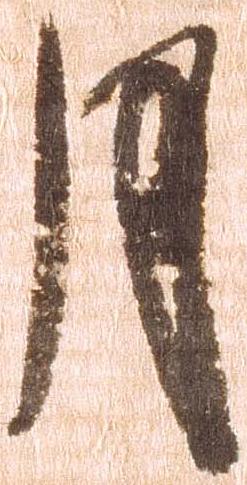
月